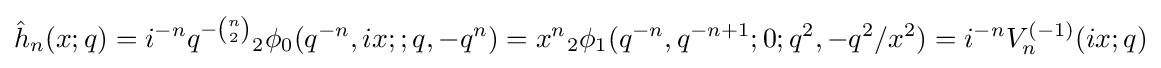
\displaystyle {\hat {h}}_{n}(x;q)=i^{-n}q^{-{\binom {n}{2}}}{}_{2}\phi _{0}(q^{-n},ix;;q,-q^{n})=x^{n}{}_{2}\phi _{1}(q^{-n},q^{-n+1};0;q^{2},-q^{2}/x^{2})=i^{-n}V_{n}^{(-1)}(ix;q)